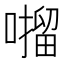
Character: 𫫶